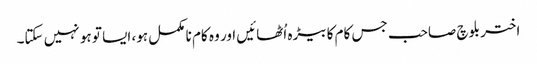
اختر بلوچ صاحب جس کام کا بیڑہ اُٹھائیں اور وہ کام نا مکمل ہو، ایسا تو ہو نہیں سکتا۔